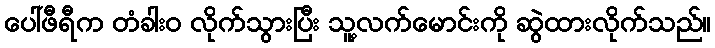
ပေါ်ဖီရီက တံခါးဝ လိုက်သွားပြီး သူ့လက်မောင်းကို ဆွဲထားလိုက်သည်။